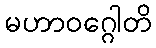
မဟာဝဂ္ဂေါတိ